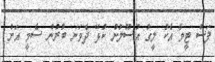
ފަސް ޓީމާ އެކު ލީގު އުސޫލުން ކުޅޭ ދެވަނަ ބުރުން ސެމީ އަށް